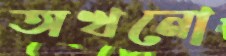
অখনো